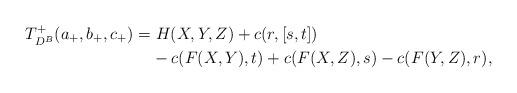
LaTeX: \begin{align*} T^+_{D^B}(a_+,b_+,c_+) & {} = H(X,Y,Z) + c(r,[s,t])\\ & \phantom{ {} =} - c(F(X,Y),t) + c(F(X,Z),s) - c(F(Y,Z),r),\end{align*}